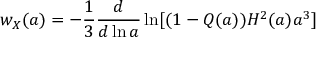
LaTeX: w _ { X } ( a ) = - \frac { 1 } { 3 } \frac { d } { d \ln a } \ln [ ( 1 - Q ( a ) ) H ^ { 2 } ( a ) a ^ { 3 } ]